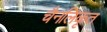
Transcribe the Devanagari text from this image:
चैनलिकृत